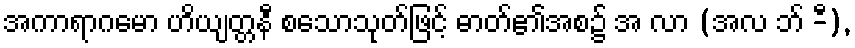
အကာရာဂမော ဟိယျတ္တနီ စသောသုတ်ဖြင့် ဓာတ်၏အစ၌ အ လာ (အလ ဘ် -ီ),